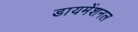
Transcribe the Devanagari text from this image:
डायमेंशनल